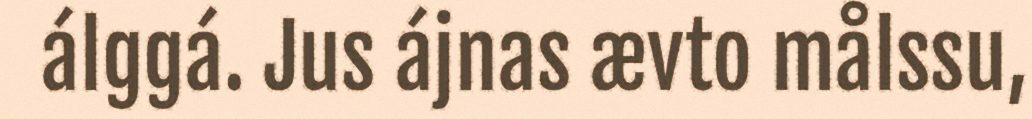
álggá. Jus ájnas ævto målssu,